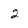
Character: 2